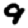
Digit: 9